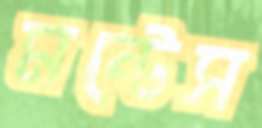
মন্টেস